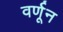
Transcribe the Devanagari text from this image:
वर्णून